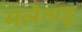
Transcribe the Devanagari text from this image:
मलेनाडू